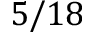
5 / 1 8